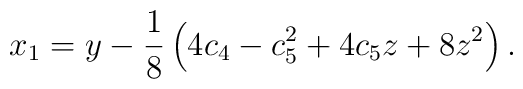
x_1 = y -\frac{1}{8}\left( 4c_4-c_5^2+4c_5z+8z^2\right).